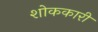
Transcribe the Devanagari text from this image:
शोककारी